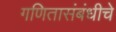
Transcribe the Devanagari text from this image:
गणितासंबंधीचे